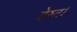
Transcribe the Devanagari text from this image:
वेस्ट।